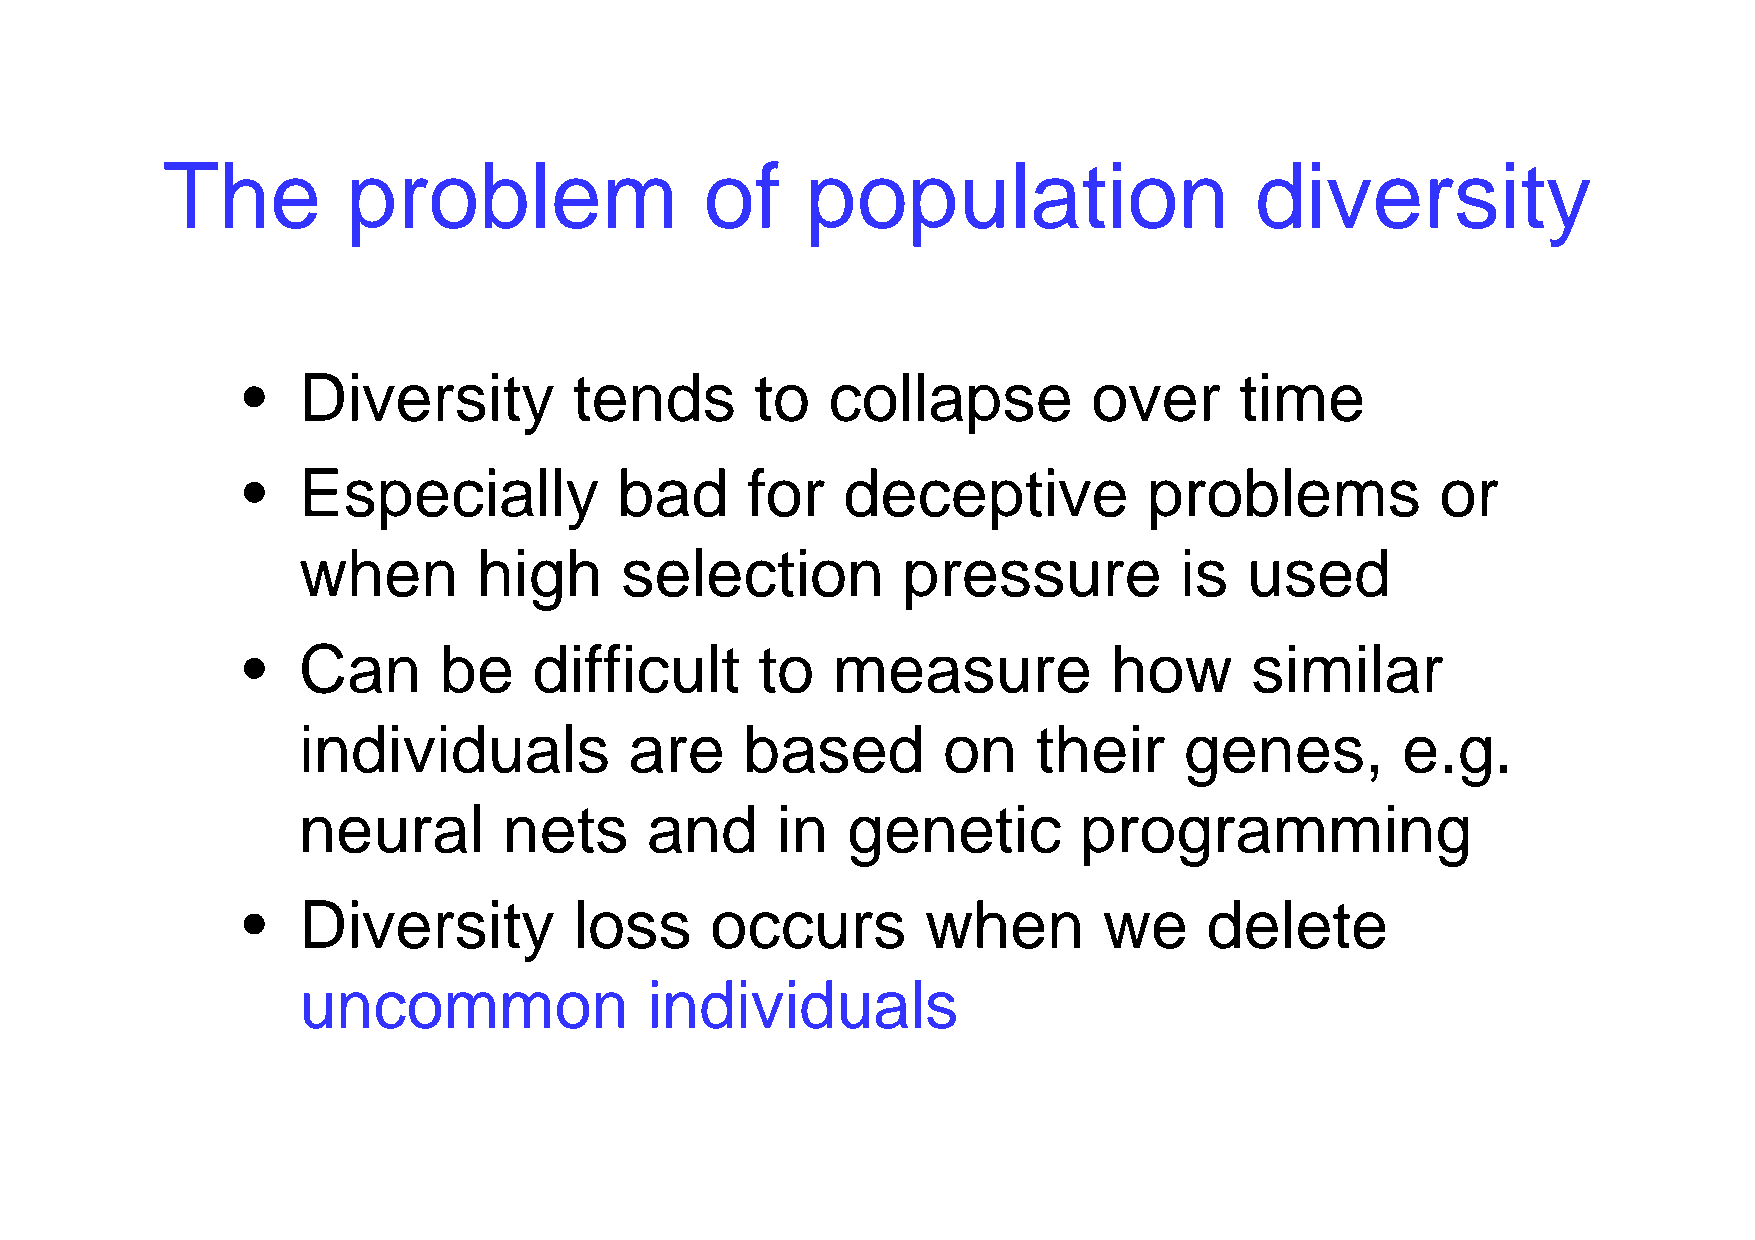
The         problem                 of    population                    diversity
 •   Diversity         tends       to   collapse         over      time
 •   Especially           bad     for    deceptive           problems           or
 when        high     selection          pressure          is   used
 •   Can      be    difficult      to   measure           how       similar
 individuals           are    based        on     their    genes,         e.g.
 neural       nets      and     in   genetic        programming
 •   Diversity         loss     occurs        when        we     delete
 uncommon               individuals